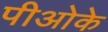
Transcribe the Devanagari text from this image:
पीओके